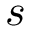
s